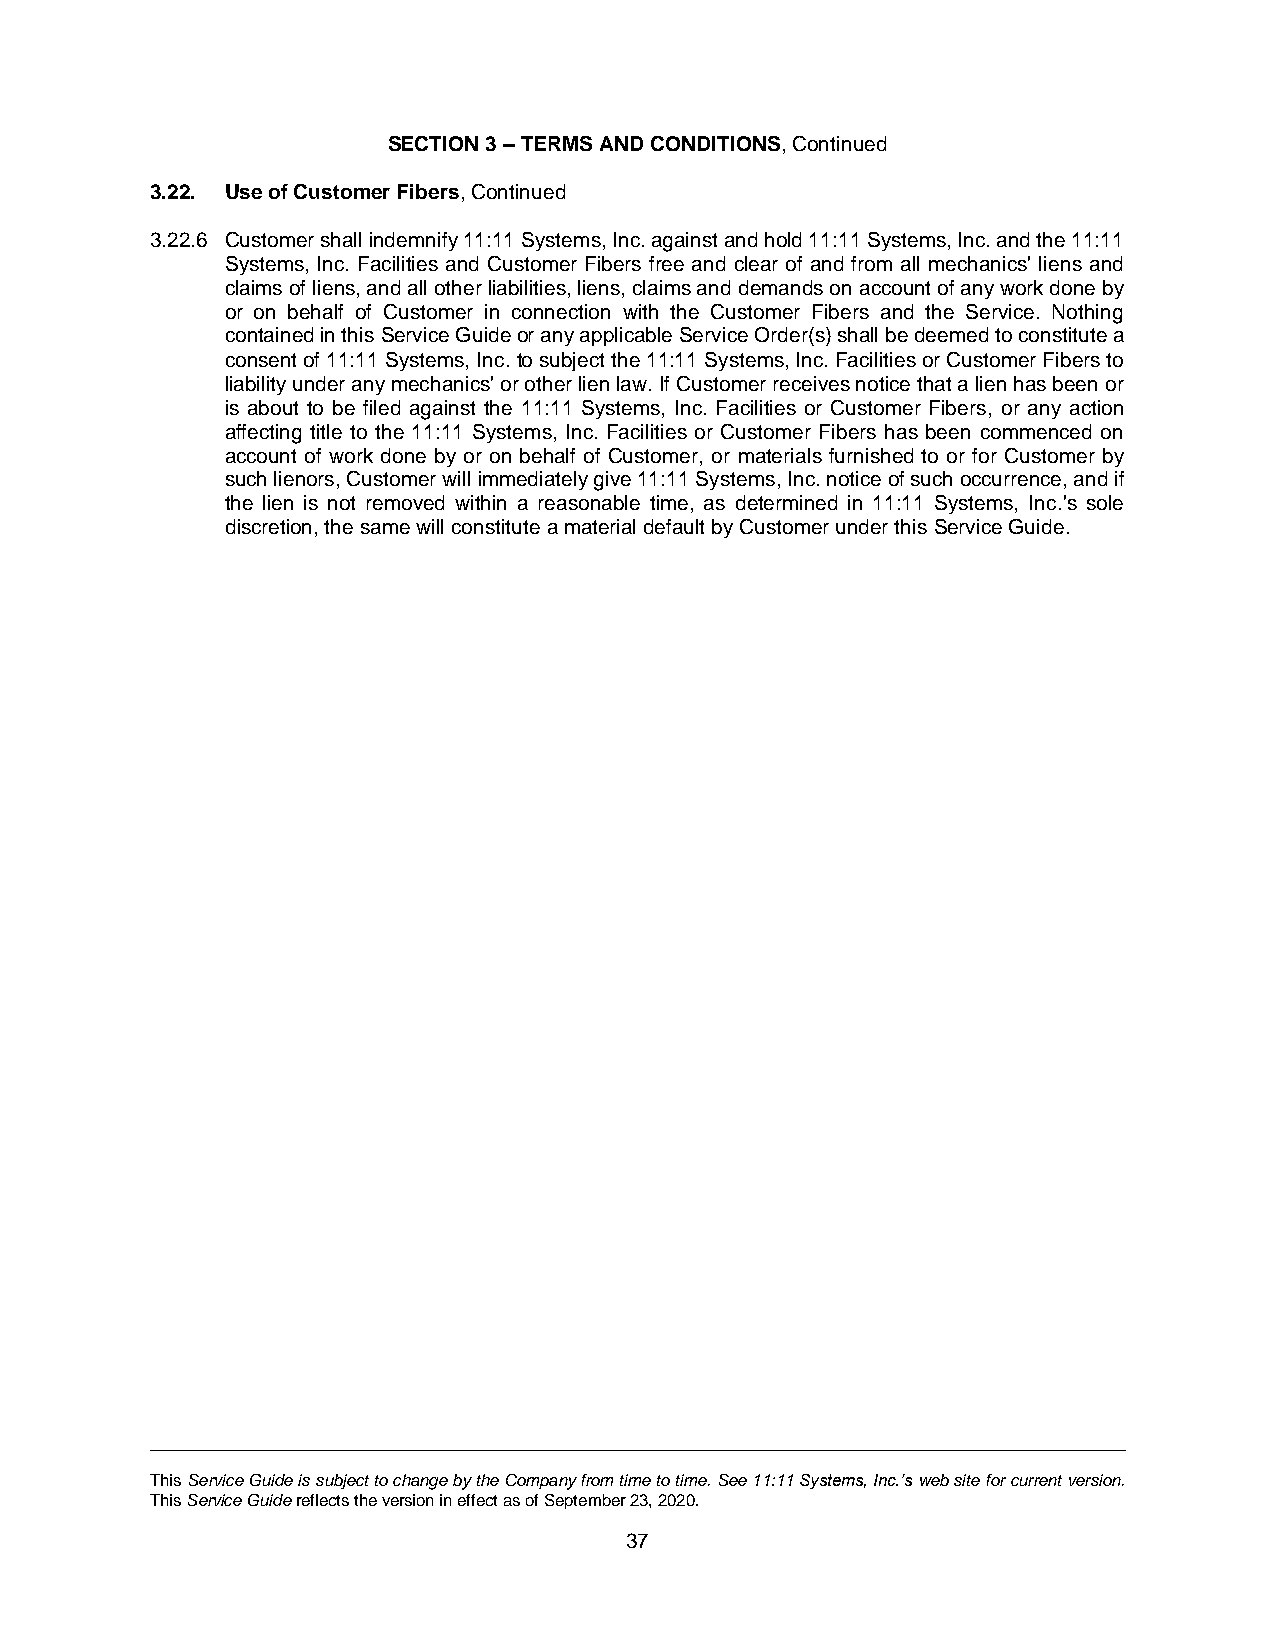
SECTION 3 – TERMS AND CONDITIONS, Continued
 3.22. Use of Customer Fibers, Continued
 3.22.6 Customer shall indemnify 11:11 Systems, Inc. against and hold 11:11 Systems, Inc. and the 11:11
 Systems, Inc. Facilities and Customer Fibers free and clear of and from all mechanics' liens and
 claims of liens, and all other liabilities, liens, claims and demands on account of any work done by
 or on behalf of Customer in connection with the Customer Fibers and the Service. Nothing
 contained in this Service Guide or any applicable Service Order(s) shall be deemed to constitute a
 consent of 11:11 Systems, Inc. to subject the 11:11 Systems, Inc. Facilities or Customer Fibers to
 liability under any mechanics' or other lien law. If Customer receives notice that a lien has been or
 is about to be filed against the 11:11 Systems, Inc. Facilities or Customer Fibers, or any action
 affecting title to the 11:11 Systems, Inc. Facilities or Customer Fibers has been commenced on
 account of work done by or on behalf of Customer, or materials furnished to or for Customer by
 such lienors, Customer will immediately give 11:11 Systems, Inc. notice of such occurrence, and if
 the lien is not removed within a reasonable time, as determined in 11:11 Systems, Inc.'s sole
 discretion, the same will constitute a material default by Customer under this Service Guide.
 This Service Guide is subject to change by the Company from time to time. See 11:11 Systems, Inc.’s web site for current version.
 This Service Guide reflects the version in effect as of September 23, 2020.
 37